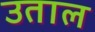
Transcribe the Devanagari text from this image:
उताल